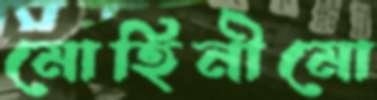
মোহিনীমো